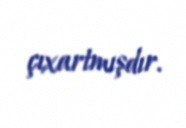
çıxartmışdır.